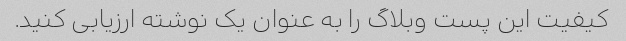
کیفیت این پست وبلاگ را به عنوان یک نوشته ارزیابی کنید.